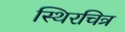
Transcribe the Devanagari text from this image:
स्थिरचित्र